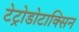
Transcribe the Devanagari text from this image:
टेट्रोडोटाक्सिन